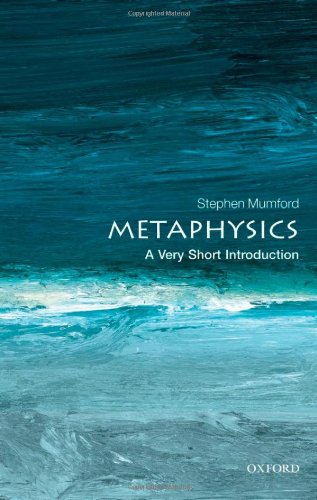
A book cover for Metaphysics: A Very Short Introduction (Very Short Introductions); Stephen Mumford; Politics & Social Sciences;